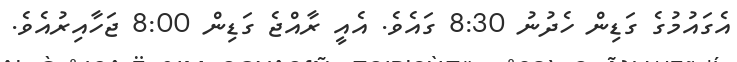
އެގައުމުގެ ގަޑިން ހެދުނު 8:30 ގައެވެ. އެއީ ރާއްޖެ ގަޑިން 8:00 ޖަހާއިރުއެވެ.